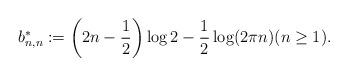
LaTeX: \begin{align*}b^*_{n,n} := \left(2n - \frac12\right) \log 2 - \frac12 \log(2 \pi n) (n \ge 1).\end{align*}